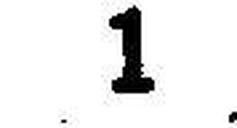
1